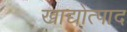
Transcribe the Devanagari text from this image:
खाद्योत्पाद